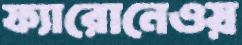
ফ্যারোনেওয়